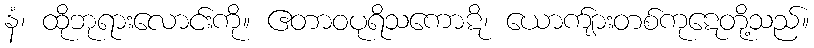
နံ၊ ထိုဘုရားလောင်းကို။ ဧတာဝပုရိသကောဋိ၊ ယောက်ျားတစ်ကုဋေတို့သည်။